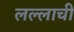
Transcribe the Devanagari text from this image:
लल्लाची